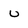
Character: u